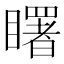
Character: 𥌓